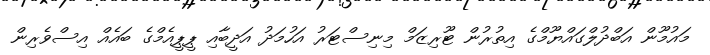
މައުމޫން އަބްދުލްގައްޔޫމްގެ އިތުރުން ޓޫރިޒަމް މިނިސްޓަރު އަހުމަދު އަދީބާއި ޕީޕީއެމްގެ ބައެއް އިސްވެރިން